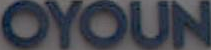
OYOUN